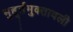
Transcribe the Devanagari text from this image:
मुहूर्तमुक्तावली